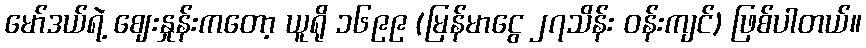
မော်ဒယ်ရဲ့ ဈေးနှုန်းကတော့ ယူရို ၁၆၉၉ (မြန်မာငွေ ၂၇သိန်း ဝန်းကျင်) ဖြစ်ပါတယ်။